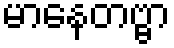
မာနေတဗ္ဗာ